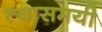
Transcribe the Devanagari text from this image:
त्यासमयी